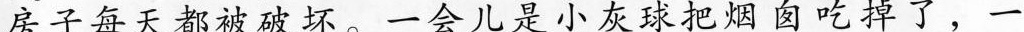
房子每天都被破坏。一会儿是小灰球把烟囱吃掉了，一